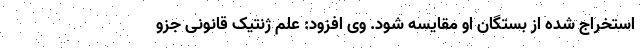
استخراج شده از بستگان او مقایسه شود. وی افزود: علم ژنتیک قانونی جزو